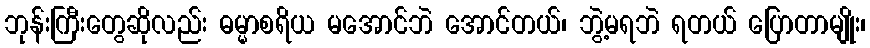
ဘုန်းကြီးတွေဆိုလည်း ဓမ္မာစရိယ မအောင်ဘဲ အောင်တယ်၊ ဘွဲ့မရဘဲ ရတယ် ပြောတာမျိုး၊